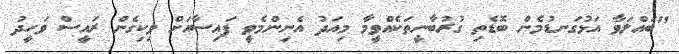
"ބައްލަވާ އަޅުގަނޑުމެން ބޮޑެތި ގުރުބާނީތަކެއްވީމާ މިއަދު އެނިންމެވީ ފައިސާއަށް ވިކިގެން ރައީސް ވަހީދު